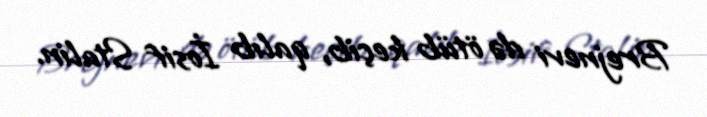
Brejnevi də ötüb keçib, qalıb İosif Stalin.